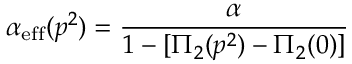
\alpha _ { \mathrm { e f f } } ( p ^ { 2 } ) = { \frac { \alpha } { 1 - [ \Pi _ { 2 } ( p ^ { 2 } ) - \Pi _ { 2 } ( 0 ) ] } }